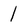
Character: 1